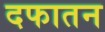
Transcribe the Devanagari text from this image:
दफातन